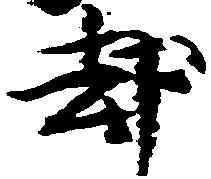
却